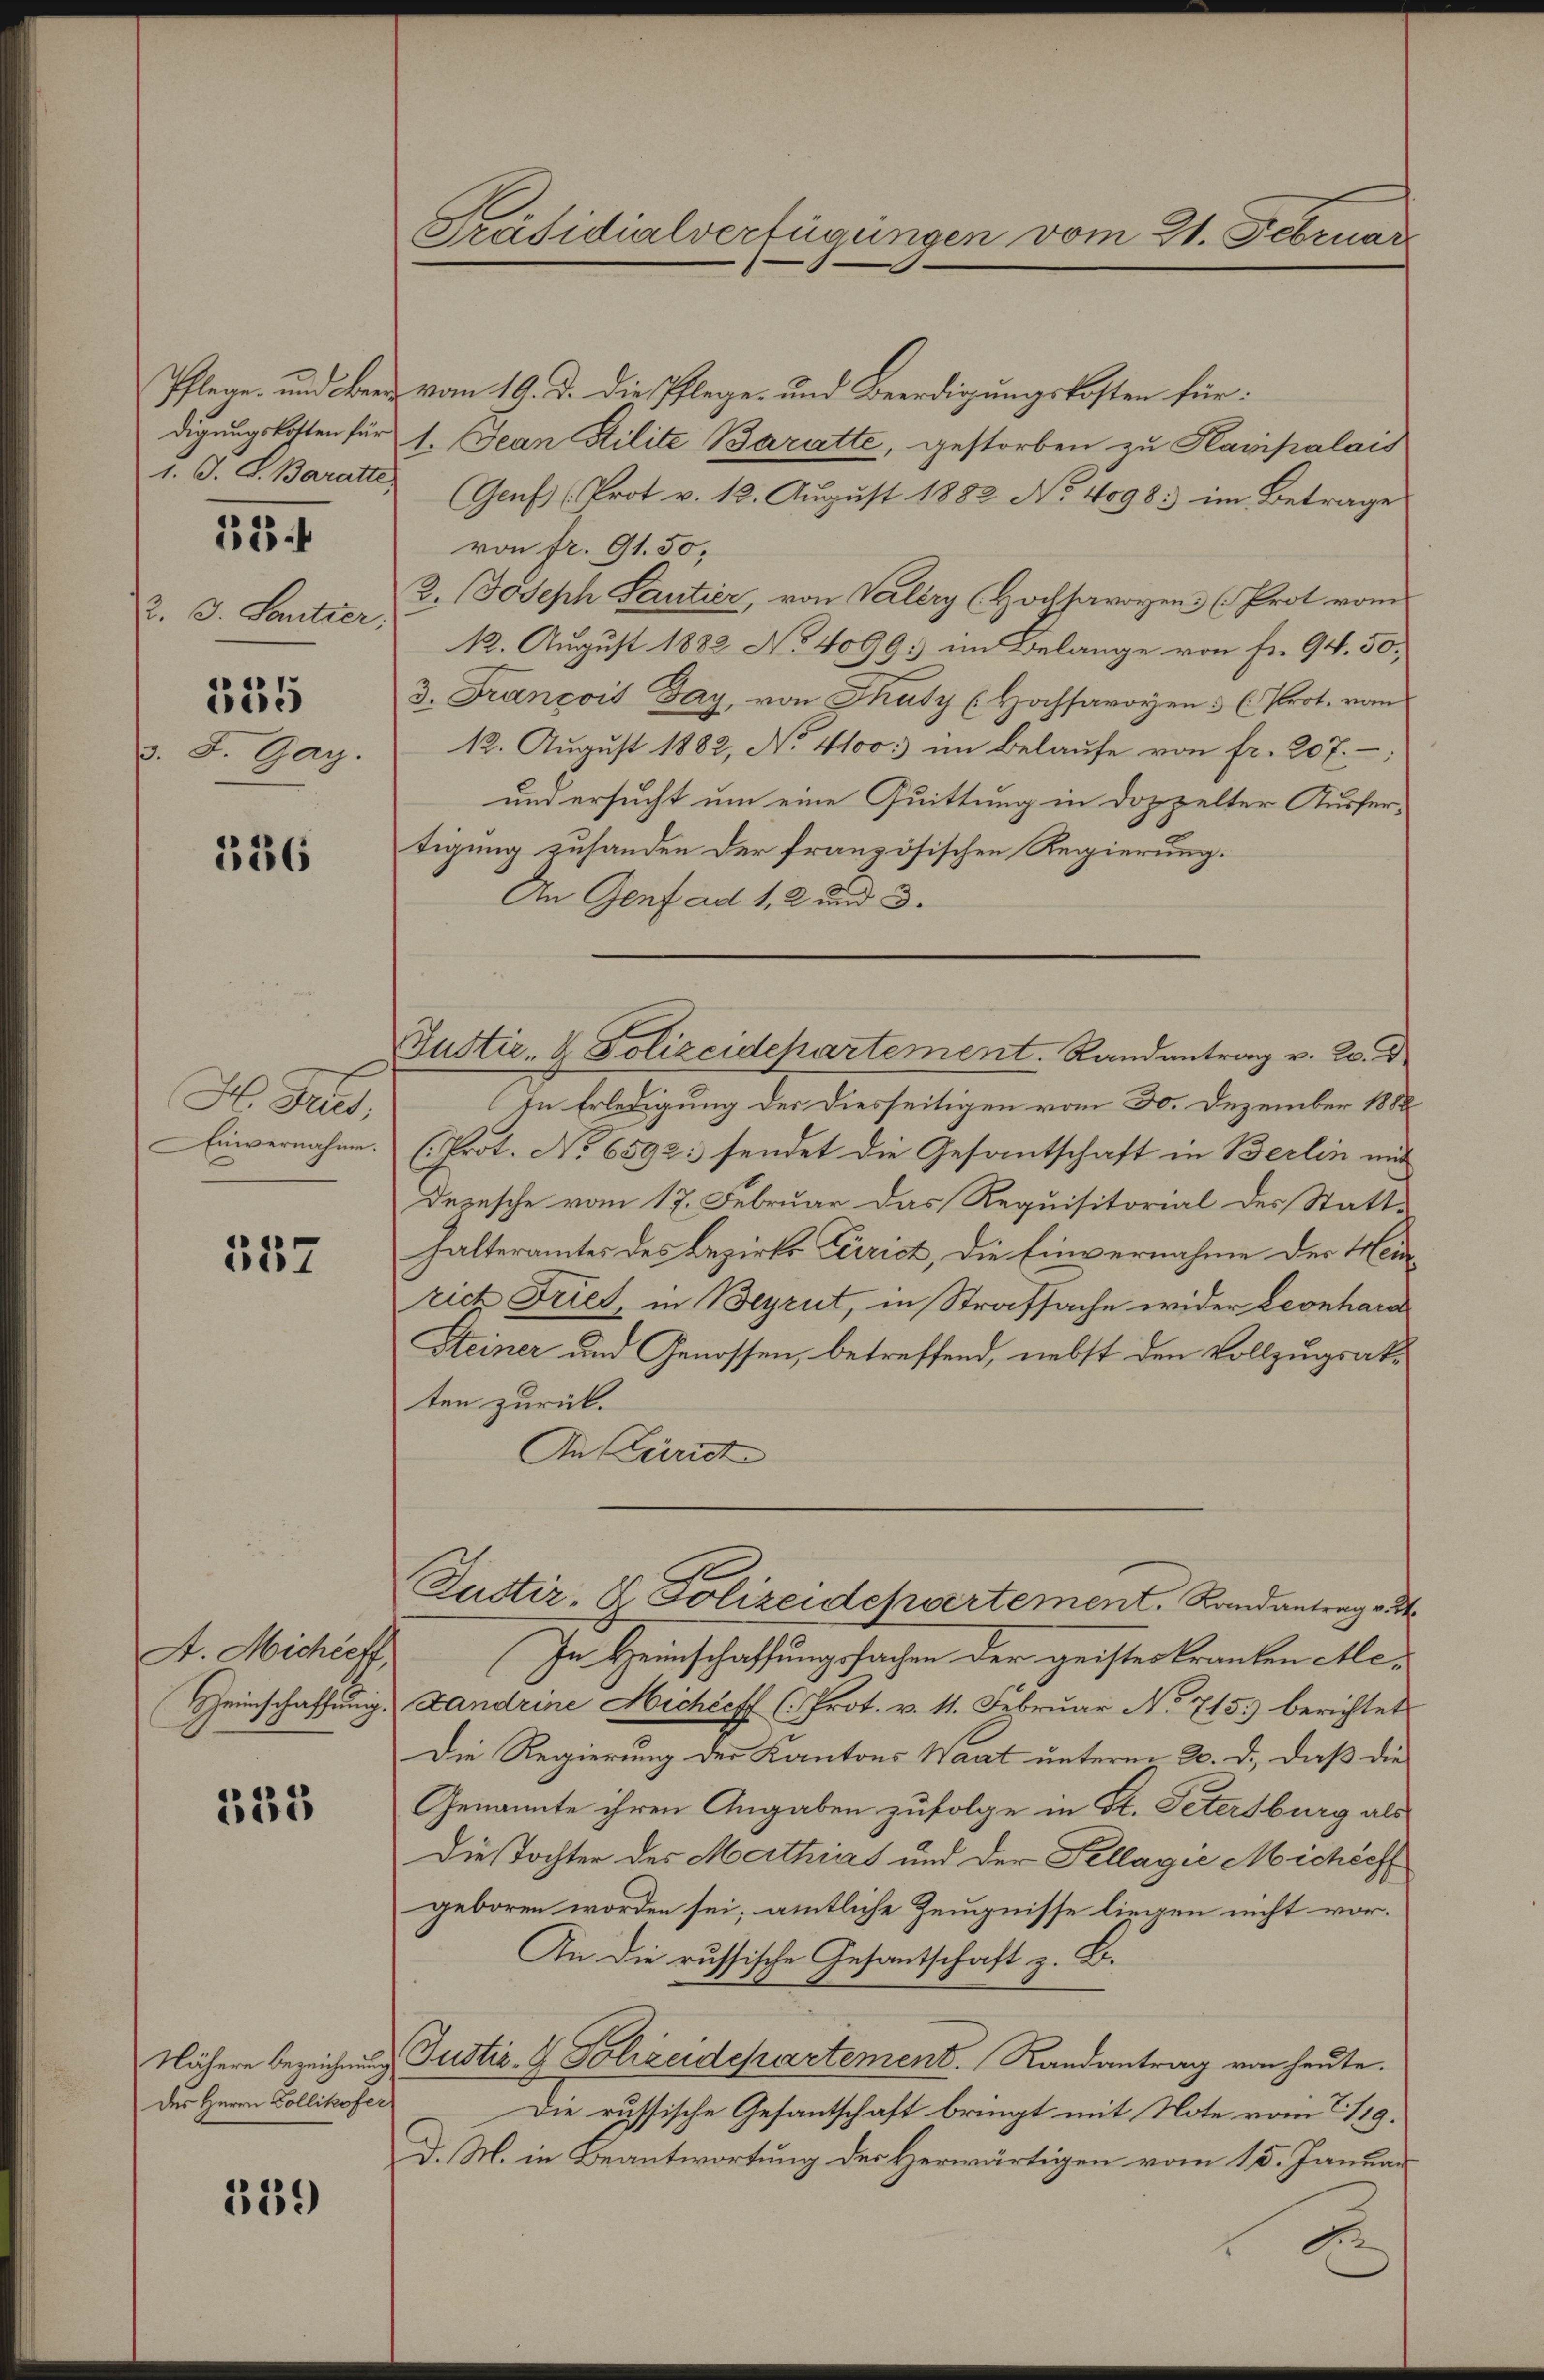
1. J. G. Baratte,

334

2. d. Santier,
335
3. d. Gay.

326

H Dres,
Einvernahme.

337

A. Michéeff,
Heimschaftung.

333

des Herrn Zollikofer

539

Präsidialverfügungen vom 21. Februar

Pflege und Benz vom 19. d. die Pflege- und Beerdigungskosten für:
digŭngskosten für 1. Jean Stilite Baratte, gestorben zŭ Hainpalais
(Genf (Prot v. 12. August 1882 No 4098: im Betrage
von fr. 91. 50,
B. Joseph Santier, von Valery (Hochsavoyens (Prot vom
12. August 1882 No 4099; im Belange von Fr. 94. 50,
3. François Gay, von Thuty (Hochsavoyen 3 (Prot. vom
12. August 1882, No 4100. im Belaufe von fr. 207.
und ersucht um eine Quittung in doppelter Ausfertigung zusanden der französischen Regierung.
An Genf ad 1, 2 und 3.
In Erledigung des Diesseitigen vom 30. Dezember 1888
(Prot. No 6592: sendet die Gesantschaft in Berlin mit
Depesche vom 17. Februar das Requisitorial des Statt-
halteramtes des Bezirks Terrich, die Einvernahme der Hein
rich Fries, in Beyrut, in Strafsache wider Leonhard
Steiner und Genossen, betreffend, nebst den Vollzugsakten zurück.
An Zürich
Zustiz- & Polizeidepartement. Randantrage d
In Heimschaffungssachen der geistes Kranken Me¬
Landrine Michieff (: Prot. v. 11. Februar No 715.) berichtet
Die Regierung der Kantons Waat unterm 20. d. daß die
Genannte ihren Angaben zufolge in St. Petersburg als
Die Tochter des Mathias und der Pellagić Michsch
geboren worden sei; amtliche Zeugnisse liegen nicht vor¬
An die russische Gesantschaft z. B.
Nähere bezeichnung Justiz- & Polizeidepartement. Randantrag von heute.
Die russische Gesantschaft bringt mit Note vom 2. 119.
D. M. in Beantwortung des Herwärtigen vom 15. Januar
2

Justiz- & Polizeidepartement. Randantrag v. 20. D